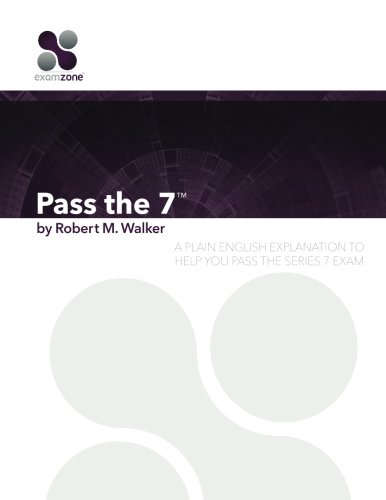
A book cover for Pass The 7 - 2015: A Plain English Explanation To Help You Pass The Series 7 Exam; Robert M. Walker; Test Preparation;